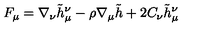
F _ { \mu } = \nabla _ { \nu } \tilde { h } _ { \mu } ^ { \nu } - \rho \nabla _ { \mu } \tilde { h } + 2 C _ { \nu } \tilde { h } _ { \mu } ^ { \nu }